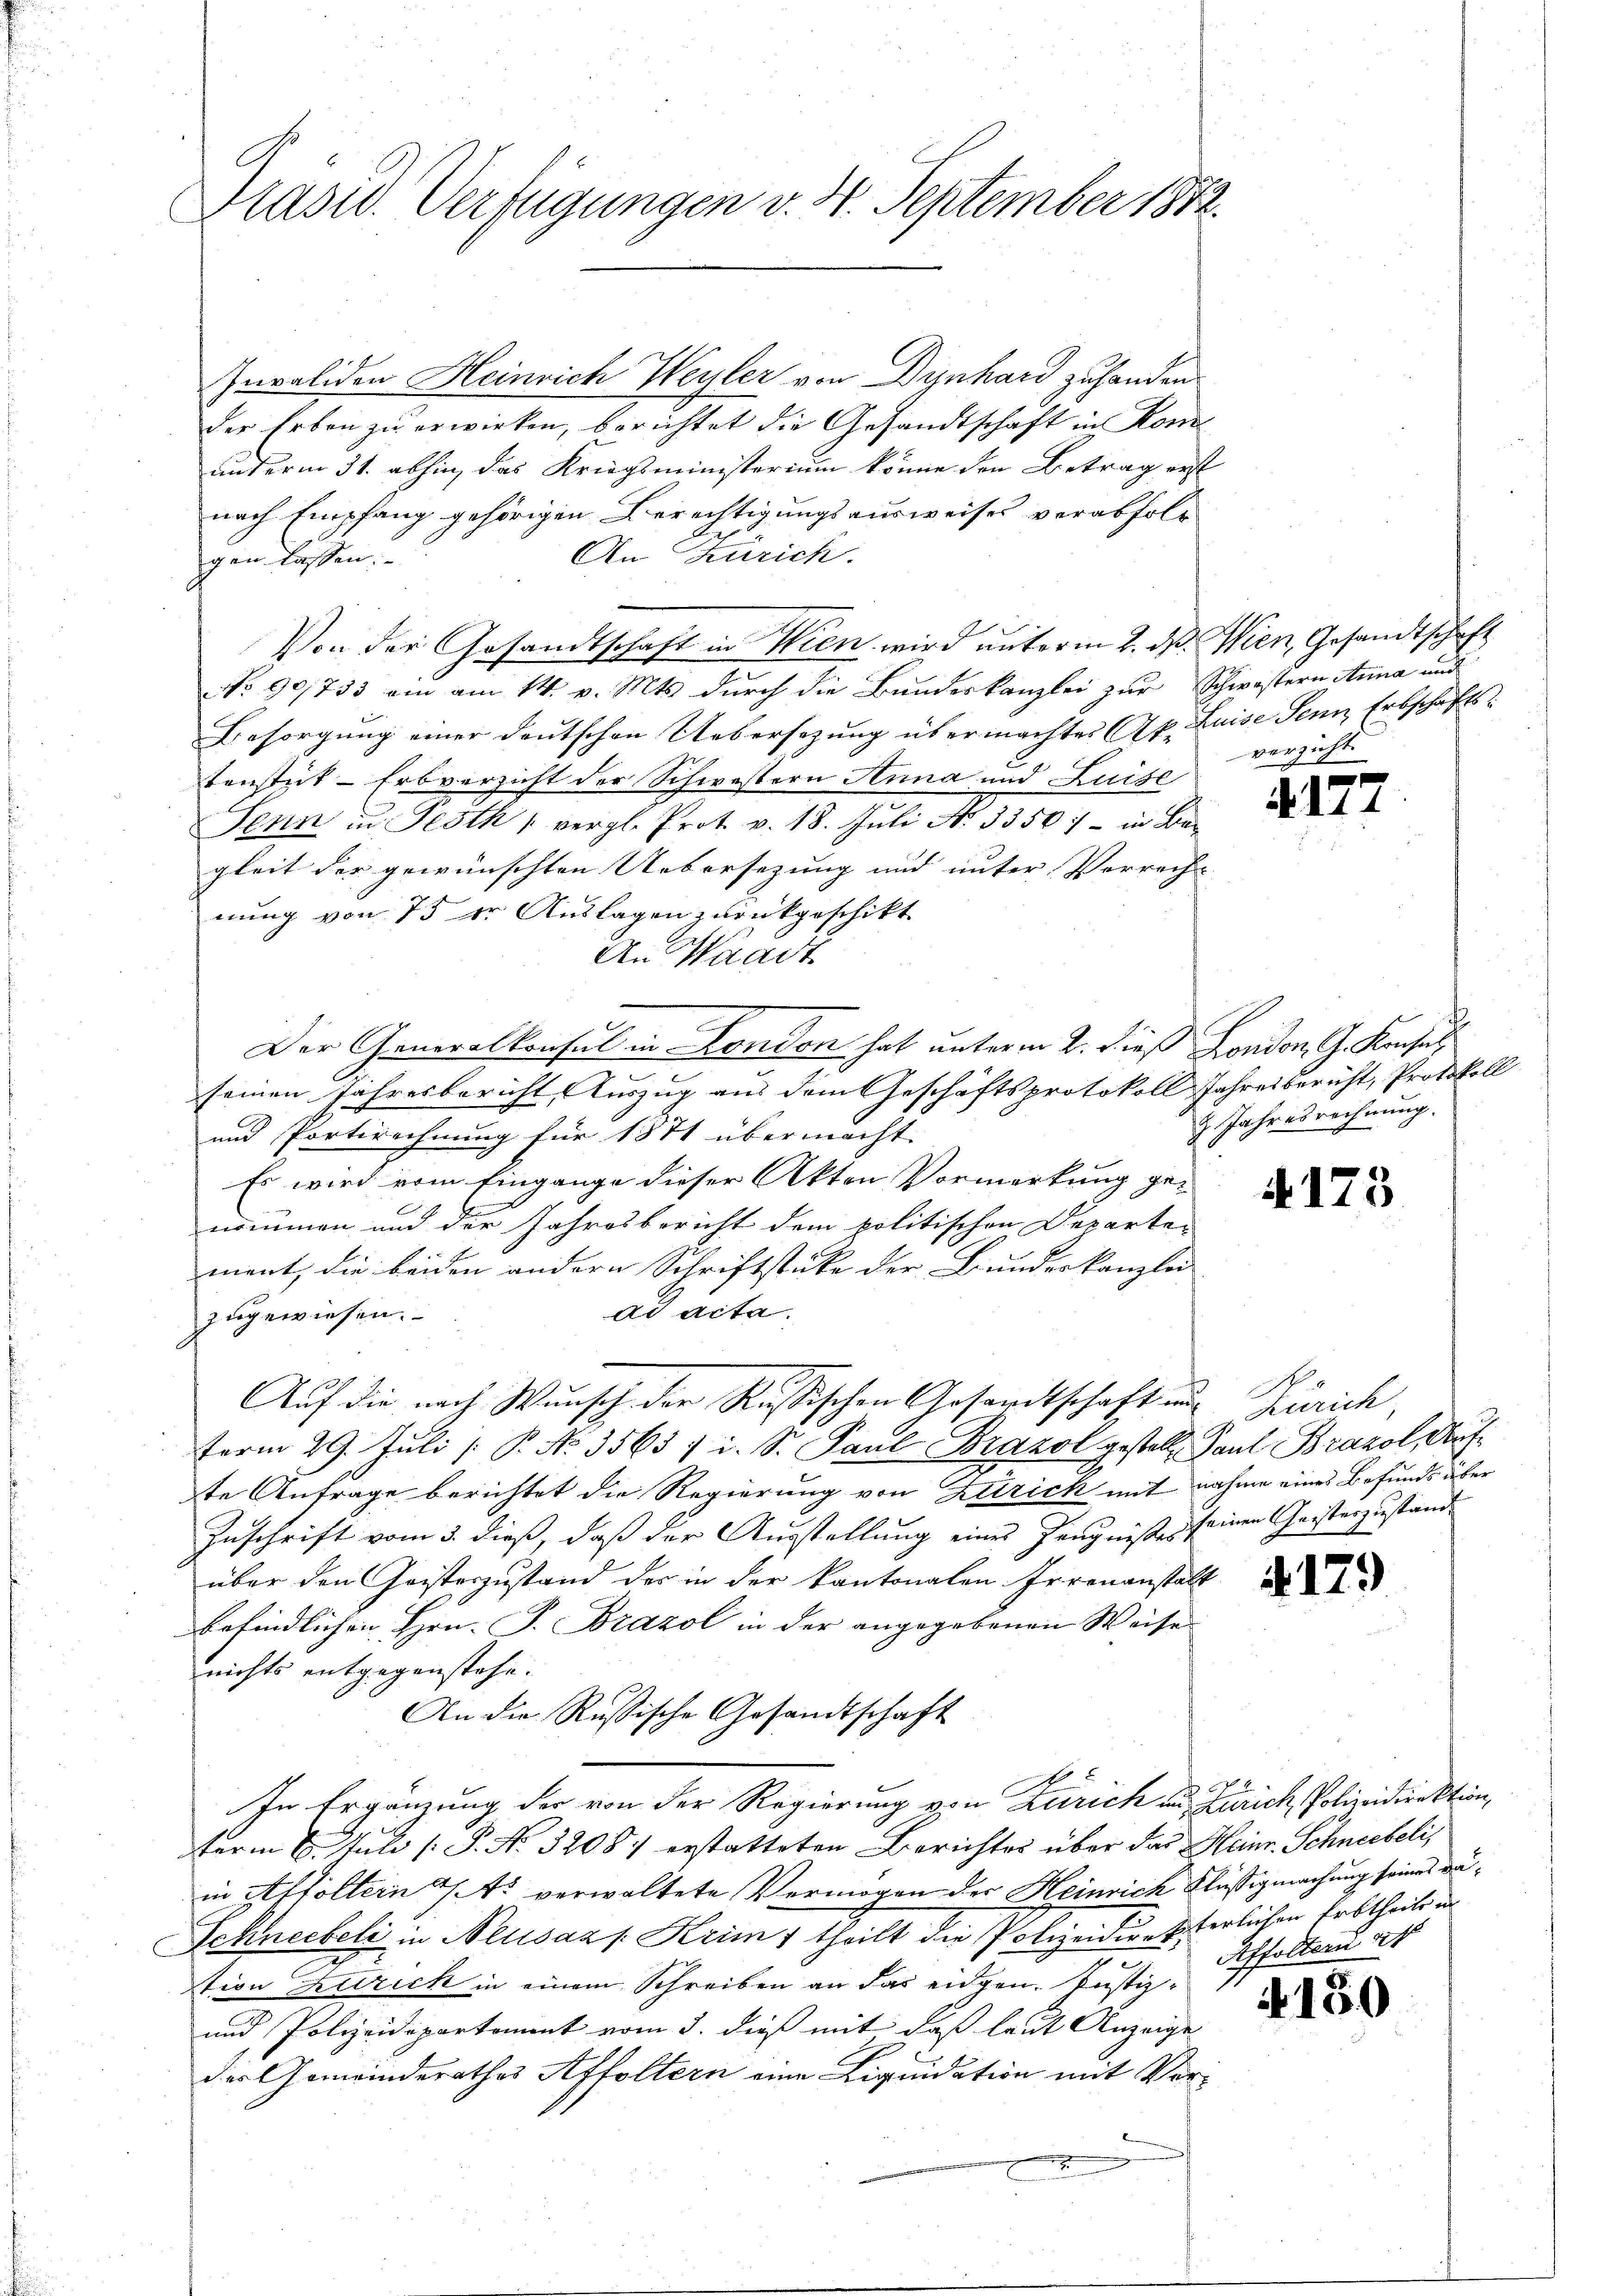
Präsid. Verfügungen v. 4. September 1872.

Invaliden Heinrich Weyler von Dynhard zuhanden
der Erben zu erwirken, berichtet die Gesandtschaft in Konunterm 31. abhin, das Kriegsministerium könne den Betrag erst
nach Empfang gehörigen Berechtigungsausweises verabfolg
An Zürich.
gen lassen.
Von der Gesandtschaft in Wien wird unterm 2. dß. Wien, Gesandtschaft
No 90/733 ein am 14. v. Mts. durch die Bundeskanzlei zur Schwöstern Anna und
Besorgung einer deutschen Uebersezung übermachtes Ak. Luise Senn Erbschaftskonstat-Erbverzicht der Schwestern Anna und Luise
Senn in Pesth " vergl. Prot. v. 18. Jŭli No 3350.- in Be-
gleit der gewünschten Uebersezung und unter Vorrech
nung von 75 der Auslagen zurückgeschikt.
An Waadt
Der Generalkonsul in London hat unterm 2. dieß London. G. Konsul
2
seinen Jahresbericht Auszug aus dem Geschäftsprotokoll Jahresbericht, Protokoll
und Portirechnung für 1871 übermacht.
Es wird vom Eingange dieser Akten Vormerkung genommen und der Jahresbericht dem politischen Departe-
ment, die beiden andern Schriftstücke der Bundeskanzlei
ad acta.
zugewiesen.
Auf die nach Wunsch der Russischen Gesandtschaft aus Zürich,
term 29. Juli [ P. No. 3563 / i. S. Paul Brazol gestellt. Paul Brazol, Aufte Anfrage berichtet die Regierung von Klirich mit nahme eines Befunds über
Zuschrift vom 3. dieß, daß der Ausstellung eines Zeugnißes seinen Geisterzustande
über den Cristeszustand des in der kantonalen Irrenanstalt
befindlichen Hrn. P. Brazol in der angegebenen Weise
nichts entgegenstehe.
An die Russische Gesandtschaft
In Ergänzung der von der Regierung von Zürich aus Zürich Polizeidirektion,
Ferm 6. Juli [P. No. 3208. erstatteten Berichtes über das Heinr. Schneebelis
in Affoltern 4 A verwaltete Vermögen des Heinrich Flüssigmachung seines Dä¬
Schneebeli in Neusaz s Krim, theilt die Polizeidiensterlichen Erbtheils in
stion Zutrick in einem Schreiben an das eidgen. Justiz¬
und Polizeideparkoment vom 3. dieß mit daß laut Anzeige
des Gemeinderathes Affoltern eine Liquidation mit Vor¬

verzicht.

17

H. Jahresrechnŭng.

173

S

4179

Affolten alt

4150